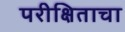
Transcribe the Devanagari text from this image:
परीक्षिताचा